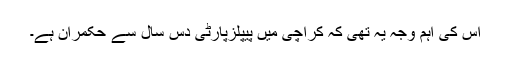
اس کی اہم وجہ یہ تھی کہ کراچی میں پیپلزپارٹی دس سال سے حکمران ہے۔